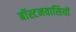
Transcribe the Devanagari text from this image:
बॉस्टनवासियों